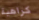
كراهية